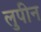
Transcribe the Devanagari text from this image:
लुपीन